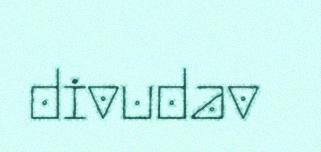
divudav